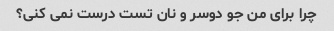
چرا برای من جو دوسر و نان تست درست نمی کنی؟